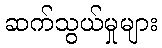
ဆက်သွယ်မှုများ